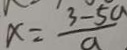
x = \frac { 3 - 5 a } { a }